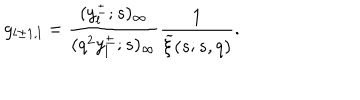
g _ { l \pm 1 , l } = \frac { ( y _ { l } ^ { \pm } ; s ) _ { \infty } } { ( q ^ { 2 } y _ { l } ^ { \pm } ; s ) _ { \infty } } \frac { 1 } { \widetilde { \xi } ( s ; s , q ) } .